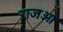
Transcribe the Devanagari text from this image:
राजओ